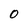
Character: O